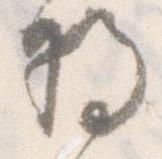
将